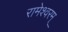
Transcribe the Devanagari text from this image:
रामेश्वरम्‌